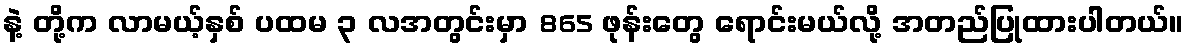
နဲ့ တို့က လာမယ့်နှစ် ပထမ ၃ လအတွင်းမှာ 865 ဖုန်းတွေ ရောင်းမယ်လို့ အတည်ပြုထားပါတယ်။